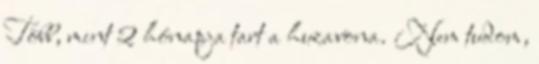
Több, mint 2 hónapja tart a huzavona. Nem tudom,